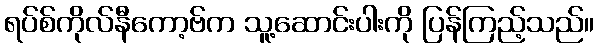
ရပ်စ်ကိုလ်နီကော့ဗ်က သူ့ဆောင်းပါးကို ပြန်ကြည့်သည်။